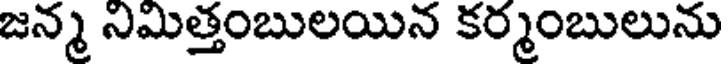
జన్మ నిమిత్తంబులయిన కర్మంబులును